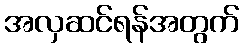
အလှဆင်ရန်အတွက်